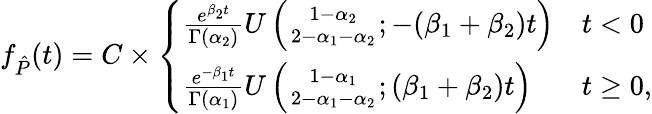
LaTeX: f_{\hat{P}}(t)=C\times\left\{ \begin{array}{ll}{\frac{e^{\beta_{2}t}}{\Gamma(\alpha_{2})}U\left({1-\alpha_{2}\atop 2-\alpha_{1}-\alpha_{2}};-(\beta_{1}+\beta_{2})t\right)}&{t<0}\\ {\frac{e^{-\beta_{1}t}}{\Gamma(\alpha_{1})}U\left({1-\alpha_{1}\atop 2-\alpha_{1}-\alpha_{2}};(\beta_{1}+\beta_{2})t\right)}&{t\geq 0,}\end{array}\right.